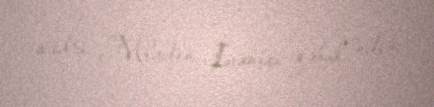
sədri Mladen İvaniçi qəbul edib.